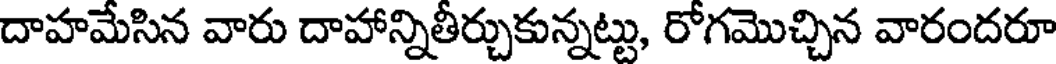
దాహమేసిన వారు దాహాన్నితీర్చుకున్నట్టు, రోగమొచ్చిన వారందరూ